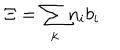
\Xi = { \sum _ { k } } n _ { i } { b } _ { i }